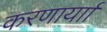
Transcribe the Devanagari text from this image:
करणार्याा